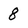
Character: 8